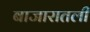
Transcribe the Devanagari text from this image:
बाजारातली